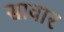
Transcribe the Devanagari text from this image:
सावार